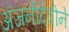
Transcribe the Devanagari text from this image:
अंजनीदेवीने